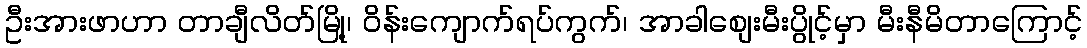
ဦးအားဖာဟာ တာချီလိတ်မြို့၊ ဝိန်းကျောက်ရပ်ကွက်၊ အာခါစျေးမီးပွိုင့်မှာ မီးနီမိတာကြောင့်